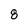
Character: 8